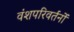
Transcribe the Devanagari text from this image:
वंशपरिवर्तनों